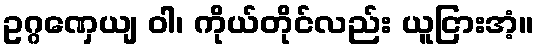
ဥဂ္ဂဏှေယျ ဝါ၊ ကိုယ်တိုင်လည်း ယူငြားအံ့။